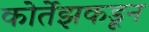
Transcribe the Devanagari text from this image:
कोर्तेझकडून